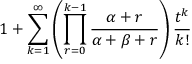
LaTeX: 1 + \sum _ { k = 1 } ^ { \infty } \left( \prod _ { r = 0 } ^ { k - 1 } { \frac { \alpha + r } { \alpha + \beta + r } } \right) { \frac { t ^ { k } } { k ! } }